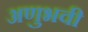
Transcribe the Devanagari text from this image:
अणुभवी